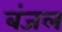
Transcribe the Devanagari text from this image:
बंजल